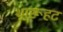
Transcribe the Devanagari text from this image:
थारूहट